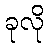
ခုလို